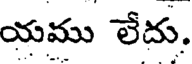
యము లేదు.